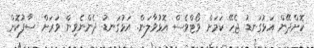
ކޮށްދޭން އަޅުގަނޑު ޖެހޭ ކަމަށް ވޯޓްވެސް އޮޅުވާލަން. އަޅުގަނޑު ދެންނެވިން ވަރަށް ސާފުކޮށް